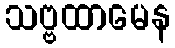
သဗ္ဗထာမေန